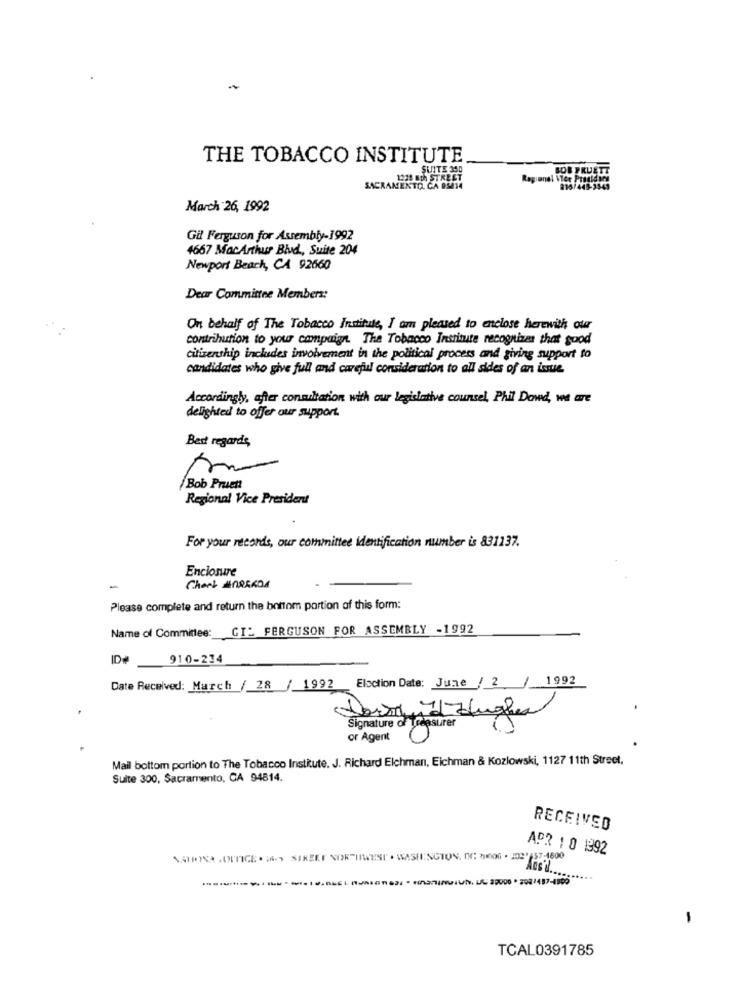
THE TOBACCO INSTITUTE
SUITE 300
BOB PRUST
SACRAMENTO, GA 0514
March 26, 1992
Gil Ferguson for Assembly-1992
4667 MacArthur Blud, Suite 204
Newport Beach, CA 92660
Dear Committee Members:
On behalf of The Tobacco Institute, I am pleased to enclose herewith our
contribution to your campaign The Tobacco Institute recognizes that good
citizenship includes involvement in the political process and giving support to
candidates who give full and careful consideration to all sides of an issue.
Accordingly, after conadtation with our legislative counsel, Phil Dowd, we are
delighted to offer our support.
Best regards,
Bob Pruen
Regional Vice President
For your records, our committee identification number is 831137.
Enclosure
-
Please complete and return the bottom portion of this form:
Name of Committee: GI: FERGUSON FOR ASSEMBLY -1992
ID#
910-234
Date Received: March / 28/ 1992 Election Date: June / 2/ 1992
Dermed Hughes
Signature or Treasurer
or Agent
Mail bottom portion to The Tobacco Institute. J. Richard Elchman, Eichman & Kozlowski, 1127 11th Street,
Suite 300, Sacramento, CA 94814.
RECEIVED
APR 1 0 1992
-
TCAL0391785